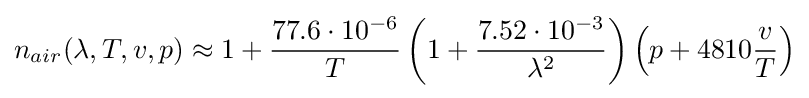
n_{air}(\lambda ,T,v,p)\approx 1+{\frac {77.6\cdot 10^{-6}}{T}}\left(1+{\frac {7.52\cdot 10^{-3}}{\lambda ^{2}}}\right)\left(p+4810{\frac {v}{T}}\right)